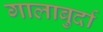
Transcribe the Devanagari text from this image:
गालाबुर्दा